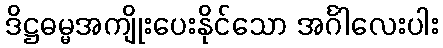
ဒိဋ္ဌဓမ္မအကျိုးပေးနိုင်သော အင်္ဂါလေးပါး